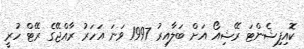
ކޮއިފިޝެންޓަ ރޭޝިއޯ އަށް ބަލާއިރު 1997 ވަނަ އަހަރު ރާއްޖޭގެ ރޭޓް ހުރީ